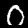
Label: 0